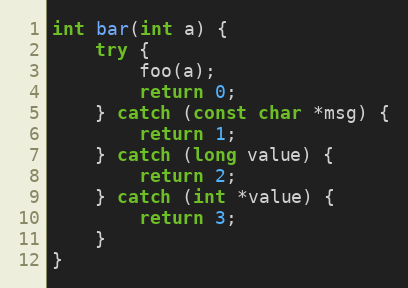
Language: C++
int bar(int a) {
    try {
        foo(a);
        return 0;
    } catch (const char *msg) {
        return 1;
    } catch (long value) {
        return 2;
    } catch (int *value) {
        return 3;
    }
}